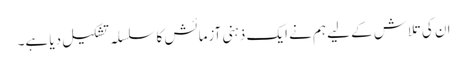
ان کی تلاش کے لیے ہم نے ایک ذہنی آزمائش کا سلسلہ تشکیل دیا ہے۔